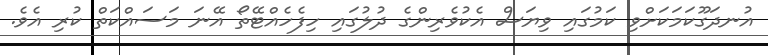
އުނދަގޫކަމަކަށްވި ކަމުގައި ވިޔަސް އެކުވެރިންގެ ދުލުގައި ހިފެހެއްޓޭތޯ އޭނަ މަސައްކަތް ކުރި އެވެ.